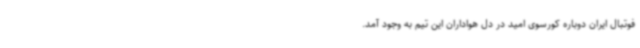
فوتبال ایران دوباره کورسوی امید در دل هواداران این تیم به وجود آمد.